Manual of the Civil Veterinary Department, Central Provinces and Berar
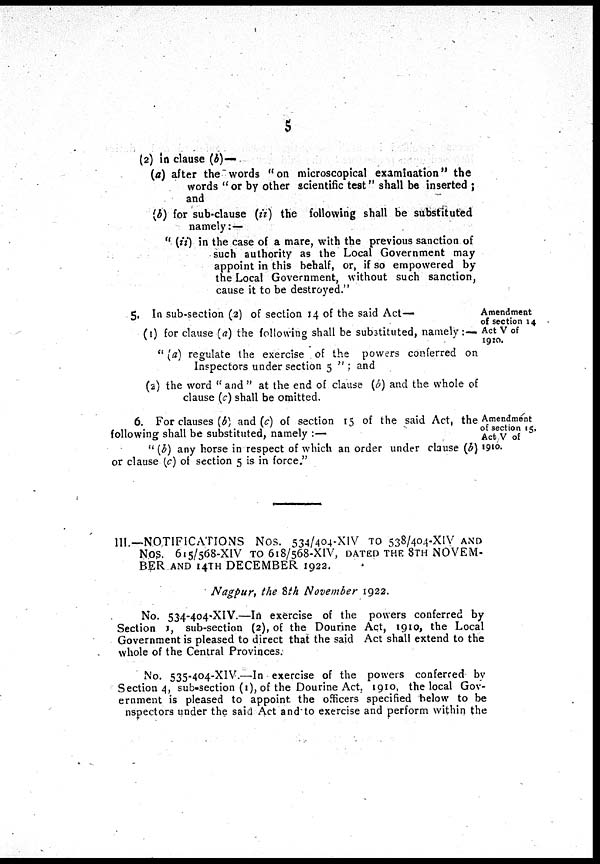
5
(2) in clause (b)—
(a) after the words "on microscopical examination" the
words "or by other scientific test" shall be inserted ;
and
(b) for sub-clause (ii) the following shall be substituted
namely:—
"(ii)- in the case of a mare, with the previous sanction of
such authority as the Local Government may
appoint in this behalf, or, if so empowered by
the Local Government, without such sanction,
cause it to be destroyed."
Amendment
of section 14
Act V of
1910.
5. In sub-section (2) of section 14 of the said Act—
(1) for clause (a) the following shall be substituted, namely:—
"(a) regulate the exercise of the powers conferred on
Inspectors under section 5 " ; and
(2) the word "and" at the end of clause (b) and the whole of
clause (c) shall be omitted.
Amendment
of section 15,
Act V of
1910.
6. For clauses (b) and (c) of section 15 of the said Act, the
following shall be substituted, namely :—
"(b) any horse in respect of which an order under clause (b)
or clause (c) of section 5 is in force."
III.-.NOTIFICATIONS Nos. 534/404-XIV TO 538/404-XIV AND
Nos. 615/568-XIV TO 618/568-XIV, DATED THE 8TH NOVEM-
BER AND 14TH DECEMBER 1922.
Nagpur, the 8th November 1922.
No. 534-404-XIV.—In exercise of the powers conferred by
Section 1, sub-section (2), of the Dourine Act, 1910, the Local
Government is pleased to direct that the said Act shall extend to the
whole of the Central Provinces.
No. 535-404-XIV.—In exercise of the powers conferred by
Section 4, sub-section (1), of the Dourine Act, 1910, the local Gov-
ernment is pleased to appoint. the officers specified below to be
nspectors under the said Act and to exercise and perform within the